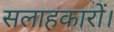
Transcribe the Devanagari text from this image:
सलाहकारों।